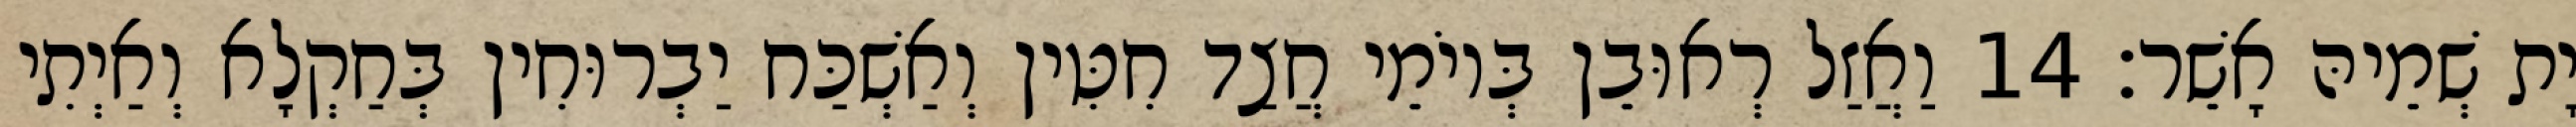
יָת שְׁמֵיהּ אָשֵׁר׃ 14 וַאֲזַל רְאוּבֵן בְּיוֹמֵי חֲצַד חִטִּין וְאַשְׁכַּח יַבְרוּחִין בְּחַקְלָא וְאַיְתִי